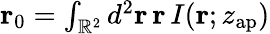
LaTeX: \begin{array}{r}{\mathbf{r}_{0}=\int_{\mathbb{R}^{2}}d^{2}\mathbf{r}\, \mathbf{r}\, I(\mathbf{r};z_{\mathrm{ap}})}\end{array}